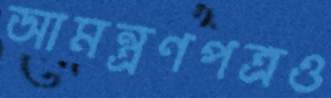
আমন্ত্রণপত্রও